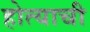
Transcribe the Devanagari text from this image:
होत्याची